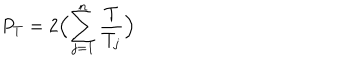
P _ { T } = 2 \Bigl ( \sum _ { j = 1 } ^ { n } \frac { T } { T _ { j } } \Bigl )